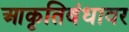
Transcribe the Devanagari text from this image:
आकृतिबंधावर